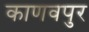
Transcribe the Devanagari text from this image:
काणवपुर